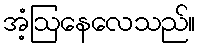
အံ့ဩနေလေသည်။